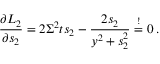
\frac { \partial { \cal L } _ { 2 } } { \partial s _ { 2 } } = 2 \Sigma ^ { 2 } t s _ { 2 } - \frac { 2 s _ { 2 } } { y ^ { 2 } + s _ { 2 } ^ { 2 } } \stackrel { ! } { = } 0 \: .